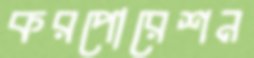
করপোরেশন